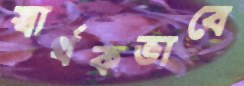
স্বার্থকভাবে